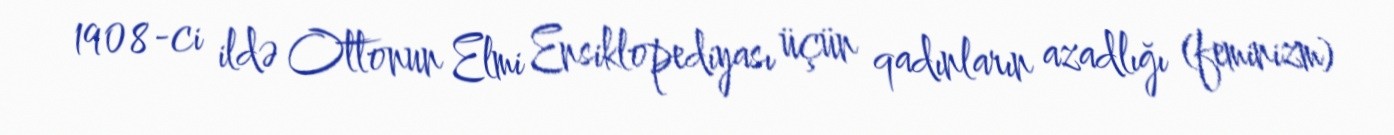
1908-ci ildə Ottonun Elmi Ensiklopediyası üçün qadınların azadlığı (feminizm)